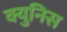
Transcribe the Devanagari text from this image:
क्युनिस